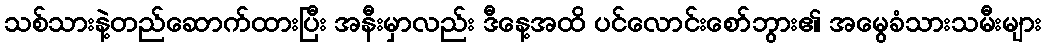
သစ်သားနဲ့တည်ဆောက်ထားပြီး အနီးမှာလည်း ဒီနေ့အထိ ပင်လောင်းစော်ဘွား၏ အမွေခံသားသမီးများ